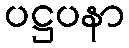
ပဋ္ဌပနာ